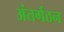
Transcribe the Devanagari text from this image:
अंतर्गठन